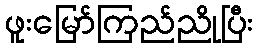
ဖူးမြော်ကြည်ညိုပြီး